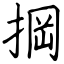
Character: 掆